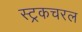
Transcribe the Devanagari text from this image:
स्ट्रकचरल